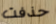
حذفت